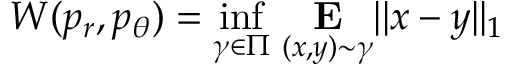
W ( p _ { r } , p _ { \theta } ) = \underset { \gamma \in \Pi } { \operatorname* { i n f } } \ \underset { ( x , y ) \sim \gamma } { \mathbf { E } } | | x - y | | _ { 1 }